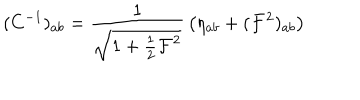
( C ^ { - 1 } ) _ { a b } = { \frac { 1 } { \sqrt { 1 + { \frac { 1 } { 2 } } { \cal F } ^ { 2 } } } } \left( \eta _ { a b } + ( { \cal F } ^ { 2 } ) _ { a b } \right)